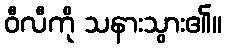
ဝီလီကို သနားသွား၏။